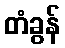
တံခွန်